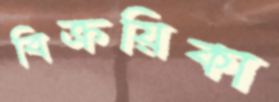
বিক্রয়িকা